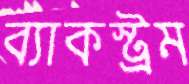
ব্যাকস্ট্রম